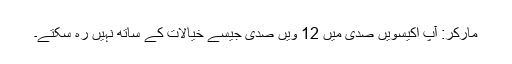
مارکر: آپ اکیسویں صدی میں 12 ویں صدی جیسے خیالات کے ساتھ نہیں رہ سکتے۔